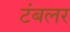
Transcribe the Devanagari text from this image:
टंबलर